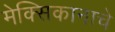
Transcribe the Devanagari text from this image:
मेक्सिकानाचे